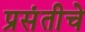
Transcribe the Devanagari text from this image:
प्रसंतीचे